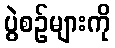
ပွဲစဉ်များကို